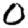
Digit: 0